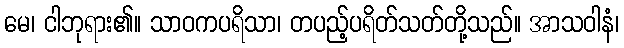
မေ၊ ငါဘုရား၏။ သာဝကပရိသာ၊ တပည့်ပရိတ်သတ်တို့သည်။ အာသဝါနံ၊